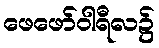
ဖေဖော်ဝါရီလ၌